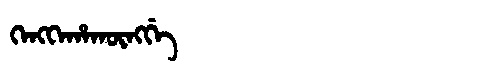
Manchu: ᡴᡝᠩᡴᡝᡥᠠᡴᡡᠩᡤᡝ
Romanization: KENGKEHAKŪNGGE